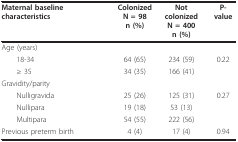
| Maternal baseline characteristics | ColonizedN = 98n (%) | Not colonizedN = 400n (%) | P-value |
 | --- | --- | --- | --- |
 | Age (years) |  |  |  |
 | 18-34 | 64 (65) | 234 (59) | 0.22 |
 | ≥ 35 | 34 (35) | 166 (41) |  |
 | Gravidity/parity |  |  |  |
 | Nulligravida | 25 (26) | 125 (31) | 0.27 |
 | Nullipara | 19 (18) | 53 (13) |  |
 | Multipara | 54 (55) | 222 (56) |  |
 | Previous preterm birth | 4 (4) | 17 (4) | 0.94 |